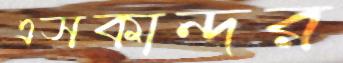
এসকান্দর